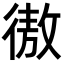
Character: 𢕟